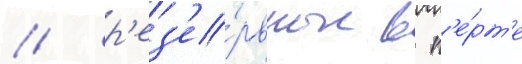
/ р'ез'е́рвные в п'е́рт'е